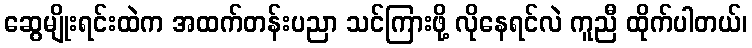
ဆွေမျိုးရင်းထဲက အထက်တန်းပညာ သင်ကြားဖို့ လိုနေရင်လဲ ကူညီ ထိုက်ပါတယ်၊